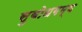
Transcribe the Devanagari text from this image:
सुबोधगम्य